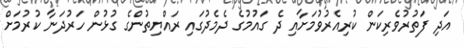
އަދި ފަތުރުވެރިކަން ކުރިއެރުވުމަށާއި ދެ ގައުމުގެ ދެމެދުގައި ރައްޔިތުންގެ ގުޅުން ހަރުދަނާ ކުރުމަށް